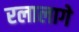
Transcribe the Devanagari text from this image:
रलालागे